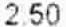
2.50